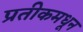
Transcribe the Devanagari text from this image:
प्रतीकमधून